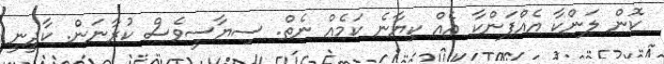
ކޮން ލަންކާ އެއްފަންކާ އެއް ކިޔާނެ ކަމެއް ނެތް. ސިޔާސީވެސް ކުރާނަން. ކާދީނީ